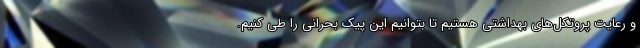
و رعایت پروتکل‌های بهداشتی هستیم تا بتوانیم این پیک بحرانی را طی کنیم.